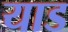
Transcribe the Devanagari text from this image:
याड